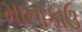
માનાકાઉ